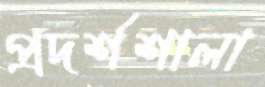
প্রদর্শশালা